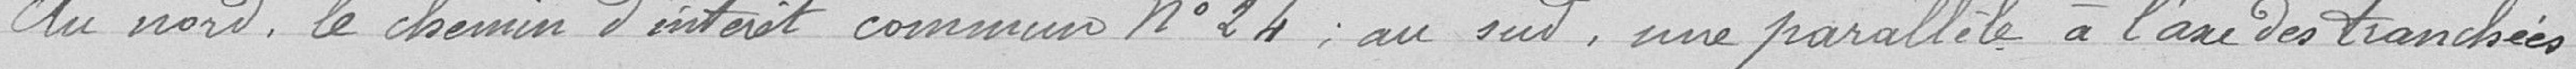
au nord, le chemin d'intérêt commun n° 24, au sud, une parallèle à l'axe des tranchées